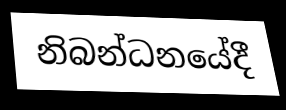
නිබන්ධනයේදී